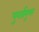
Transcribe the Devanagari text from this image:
पुनर्प्रयुक्त